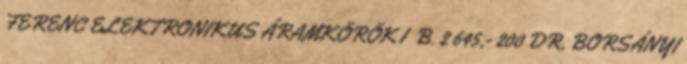
FERENC ELEKTRONIKUS ÁRAMKÖRÖK I B. 2 645,- 200 DR. BORSÁNYI